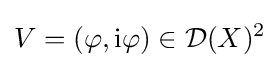
V=(\varphi ,\mathrm {i} \varphi )\in {\mathcal {D}}(X)^{2}